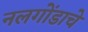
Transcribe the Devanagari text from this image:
नलगोंडाचे